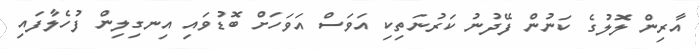
އާރިން ލޮލުގެ ކަނުން ފޭދުނު ކަރުނަތިކި އަވަސް އަވަހަށް ބޮޑުވައި އިނގިލިން ފުހެލާފައި